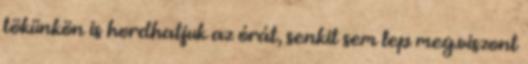
tökünkön is hordhatjuk az órát, senkit sem lep meg.viszont